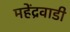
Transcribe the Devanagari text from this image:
महेंद्रवाडी